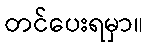
တင်ပေးရမှာ။